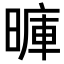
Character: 𪰽